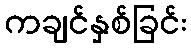
ကချင်နှစ်ခြင်း